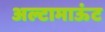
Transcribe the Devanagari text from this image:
अल्टामाऊंट